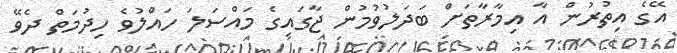
އޭގެ އިތުރުން އާ އިމާރާތަށް ބަދަލުވުމުން ޖާގައިގެ މައްސަލަ ހައްލުވެ ހިދުމަތް ދެވޭ